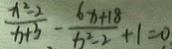
\frac { x ^ { 2 } - 2 } { x + 3 } - \frac { 6 x + 1 8 } { x ^ { 2 } - 2 } + 1 = 0